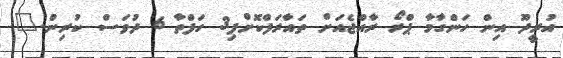
އުރީދޫ އިން ހަންގާމާ ޕްރޯ ރާއްޖެއަށް ތައާރަފްކޮށްފި3 ހަފްތާ 6 ދުވަސް ކުރިން."